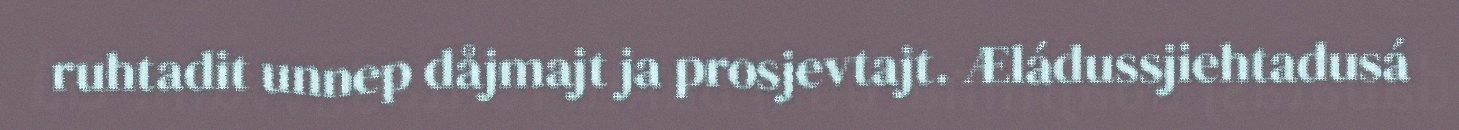
ruhtadit unnep dåjmajt ja prosjevtajt. Æládussjiehtadusá